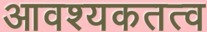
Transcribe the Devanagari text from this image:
आवश्यकतत्व